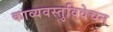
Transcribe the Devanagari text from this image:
काव्यवस्तुविवेचन